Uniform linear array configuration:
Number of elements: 64
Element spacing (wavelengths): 0.25
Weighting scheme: kaiser
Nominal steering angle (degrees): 15
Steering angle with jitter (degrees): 14.367
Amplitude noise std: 0.05
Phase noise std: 0.05

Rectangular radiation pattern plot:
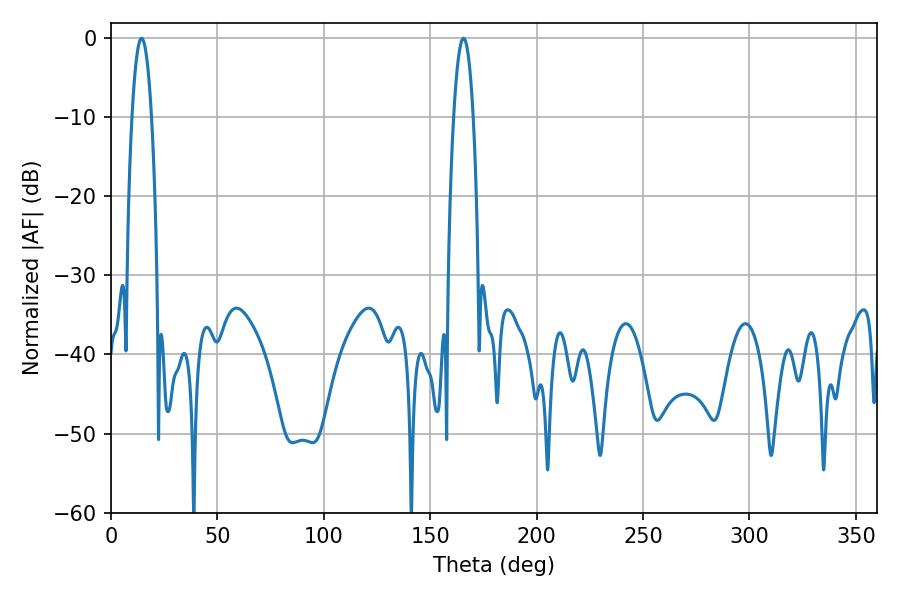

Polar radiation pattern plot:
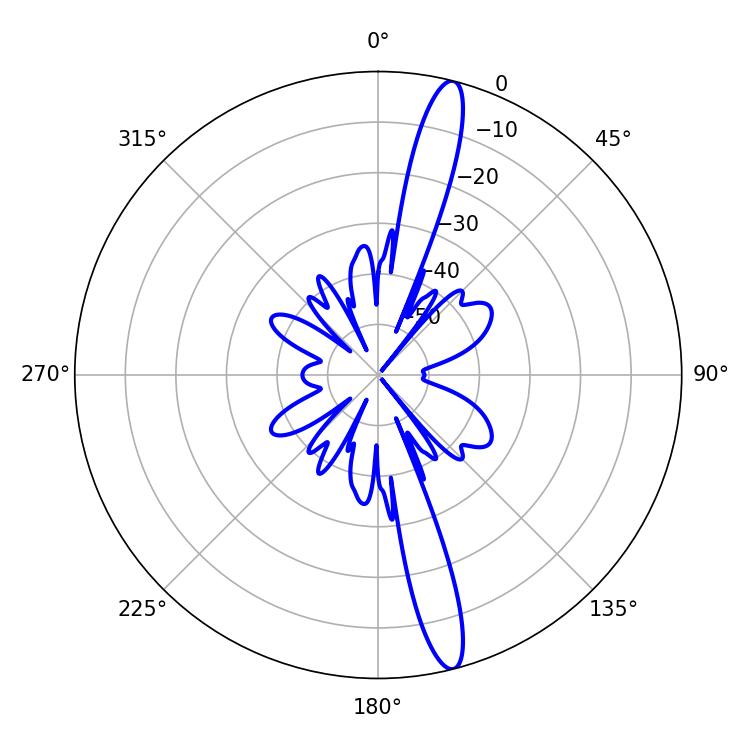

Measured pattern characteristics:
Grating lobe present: FALSE
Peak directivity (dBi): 16.236
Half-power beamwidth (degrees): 5.04
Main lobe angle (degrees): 14.4